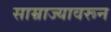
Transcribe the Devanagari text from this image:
साम्राज्यावरून